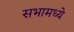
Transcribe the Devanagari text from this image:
सभामध्ये